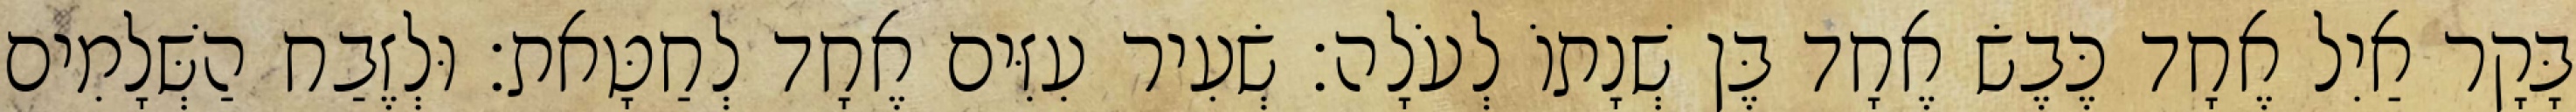
בָּקָר אַיִל אֶחָד כֶּבֶשׂ אֶחָד בֶּן שְׁנָתוֹ לְעֹלָה׃ שְׂעִיר עִזִּים אֶחָד לְחַטָּאת׃ וּלְזֶבַח הַשְּׁלָמִים